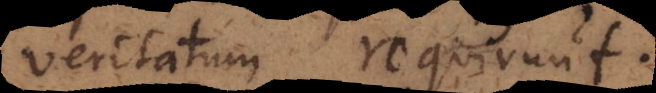
veritatum requirunt.